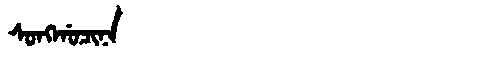
Manchu: ᠰᠣᠩᡤᠣᠴᡳᠨᠠ
Romanization: SONGGOCINA